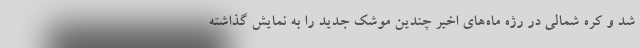
شد و کره شمالی در رژه ماه‌‌های اخیر چندین موشک جدید را به نمایش گذاشته